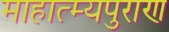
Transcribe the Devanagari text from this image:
माहात्म्यपुराण